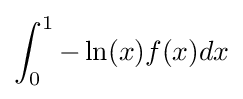
\int _{0}^{1}-\ln(x)f(x)dx